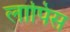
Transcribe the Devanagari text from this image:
लापिस